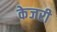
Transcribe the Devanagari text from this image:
केजरी